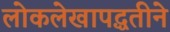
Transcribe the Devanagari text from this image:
लोकलेखापद्धतीने